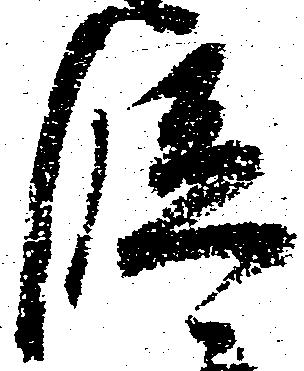
段